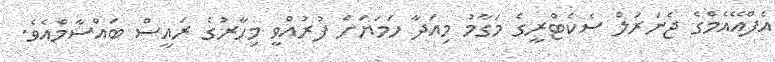
އެފްއޭއެމްގެ ޖެނަރަލް ސެކެޓްރީގެ މަގާމު މިއަދާ ހަމަޔަށް ފުރުއްވީ މިހާރުގެ ރައީސް ބައްސާމްއެވެ.